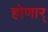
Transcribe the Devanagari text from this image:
होणार्